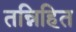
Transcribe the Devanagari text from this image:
तन्निहित